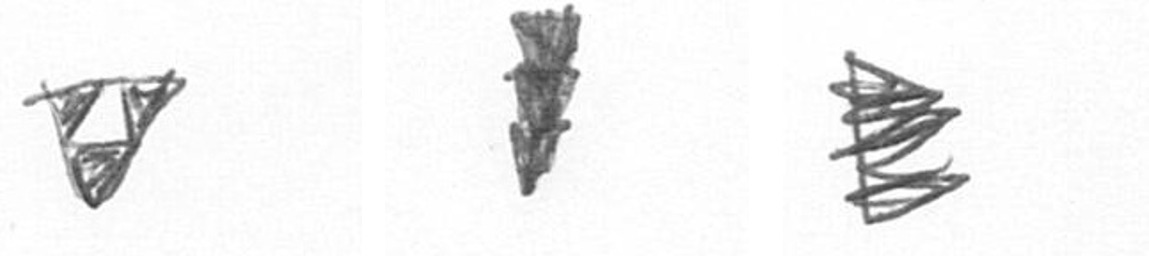
S E H